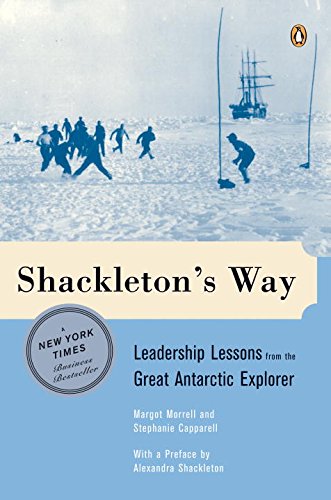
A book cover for Shackleton's Way: Leadership Lessons from the Great Antarctic Explorer; Margot Morrell; Business & Money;